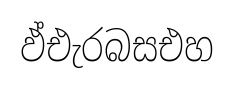
ඵ්එැරබසඑහ